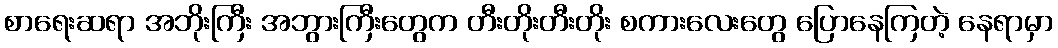
စာရေးဆရာ အဘိုးကြီး အဘွားကြီးတွေက တီးတိုးတီးတိုး စကားလေးတွေ ပြောနေကြတဲ့ နေရာမှာ